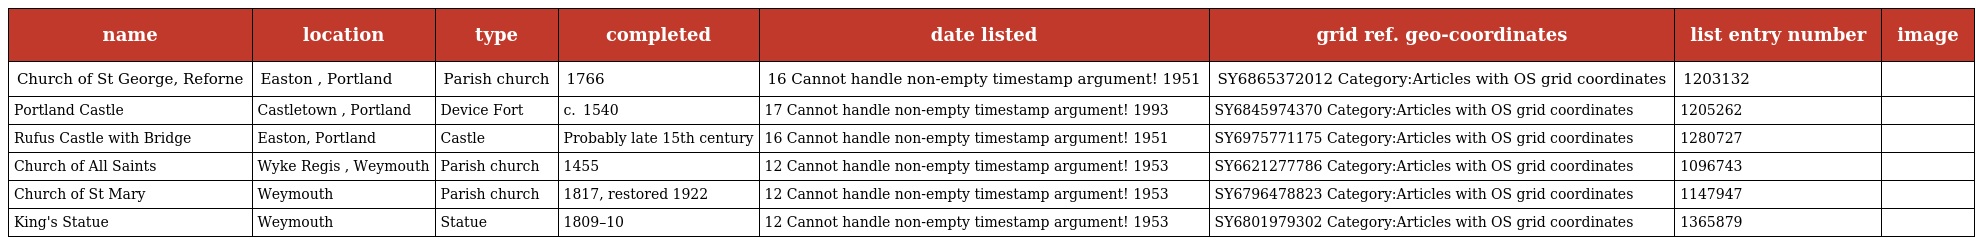
| name | location | type | completed | date listed | grid ref. geo-coordinates | list entry number | image |
 | --- | --- | --- | --- | --- | --- | --- | --- |
 | Church of St George, Reforne | Easton , Portland | Parish church | 1766 | 16 Cannot handle non-empty timestamp argument! 1951 | SY6865372012 Category:Articles with OS grid coordinates | 1203132 |  |
 | Portland Castle | Castletown , Portland | Device Fort | c.  1540 | 17 Cannot handle non-empty timestamp argument! 1993 | SY6845974370 Category:Articles with OS grid coordinates | 1205262 |  |
 | Rufus Castle with Bridge | Easton, Portland | Castle | Probably late 15th century | 16 Cannot handle non-empty timestamp argument! 1951 | SY6975771175 Category:Articles with OS grid coordinates | 1280727 |  |
 | Church of All Saints | Wyke Regis , Weymouth | Parish church | 1455 | 12 Cannot handle non-empty timestamp argument! 1953 | SY6621277786 Category:Articles with OS grid coordinates | 1096743 |  |
 | Church of St Mary | Weymouth | Parish church | 1817, restored 1922 | 12 Cannot handle non-empty timestamp argument! 1953 | SY6796478823 Category:Articles with OS grid coordinates | 1147947 |  |
 | King's Statue | Weymouth | Statue | 1809–10 | 12 Cannot handle non-empty timestamp argument! 1953 | SY6801979302 Category:Articles with OS grid coordinates | 1365879 |  |